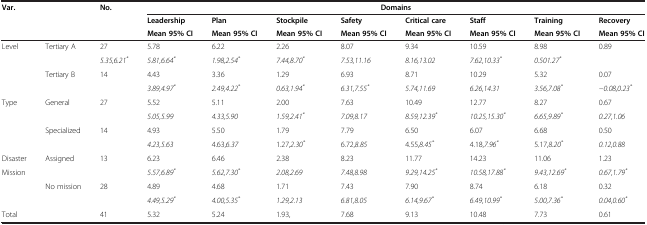
<table><thead><tr><td><b>Var.</b></td><td><b> </b></td><td><b>No.</b></td><td colspan="8"><b>Domains</b></td></tr><tr><td><b> </b></td><td><b> </b></td><td><b> </b></td><td><b>Leadership</b></td><td><b>Plan</b></td><td><b>Stockpile</b></td><td><b>Safety</b></td><td><b>Critical care</b></td><td><b>Staff</b></td><td><b>Training</b></td><td><b>Recovery</b></td></tr><tr><td><b> </b></td><td><b> </b></td><td><b> </b></td><td><b>Mean 95% CI</b></td><td><b>Mean 95% CI</b></td><td><b>Mean 95% CI</b></td><td><b>Mean 95% CI</b></td><td><b>Mean 95% CI</b></td><td><b>Mean 95% CI</b></td><td><b>Mean 95% CI</b></td><td><b>Mean 95% CI</b></td></tr></thead><tbody><tr><td>Level</td><td>Tertiary A</td><td>27</td><td>5.78</td><td>6.22</td><td>2.26</td><td>8.07</td><td>9.34</td><td>10.59</td><td>8.98</td><td>0.89</td></tr><tr><td> </td><td> </td><td> </td><td><i>5.35,6.21</i><sup><i>*</i></sup></td><td><i>5.81,6.64</i><sup><i>*</i></sup></td><td><i>1.98,2.54</i><sup><i>*</i></sup></td><td><i>7.44,8.70</i><sup><i>*</i></sup></td><td><i>7.53,11.16</i></td><td><i>8.16,13.02</i></td><td><i>7.62,10.33</i><sup><i>*</i></sup></td><td><i>0.501.27</i><sup><i>*</i></sup></td></tr><tr><td> </td><td>Tertiary B</td><td>14</td><td>4.43</td><td>3.36</td><td>1.29</td><td>6.93</td><td>8.71</td><td>10.29</td><td>5.32</td><td>0.07</td></tr><tr><td> </td><td> </td><td> </td><td><i>3.89,4.97</i><sup><i>*</i></sup></td><td><i>2.49,4.22</i><sup><i>*</i></sup></td><td><i>0.63,1.94</i><sup><i>*</i></sup></td><td><i>6.31,7.55</i><sup><i>*</i></sup></td><td><i>5.74,11.69</i></td><td><i>6.26,14.31</i></td><td><i>3.56,7.08</i><sup><i>*</i></sup></td><td><i>−0.08,0.23</i><sup><i>*</i></sup></td></tr><tr><td rowspan="3">Type</td><td>General</td><td>27</td><td>5.52</td><td>5.11</td><td>2.00</td><td>7.63</td><td>10.49</td><td>12.77</td><td>8.27</td><td>0.67</td></tr><tr><td> </td><td> </td><td><i>5.05,5.99</i></td><td><i>4.33,5.90</i></td><td><i>1.59,2.41</i><sup><i>*</i></sup></td><td><i>7.09,8.17</i></td><td><i>8.59,12.39</i><sup><i>*</i></sup></td><td><i>10.25,15.30</i><sup><i>*</i></sup></td><td><i>6.65,9.89</i><sup><i>*</i></sup></td><td><i>0.27,1.06</i></td></tr><tr><td>Specialized</td><td>14</td><td>4.93</td><td>5.50</td><td>1.79</td><td>7.79</td><td>6.50</td><td>6.07</td><td>6.68</td><td>0.50</td></tr><tr><td> </td><td> </td><td> </td><td><i>4.23,5.63</i></td><td>4.63,<i>6.37</i></td><td>1.27,<i>2.30</i><sup><i>*</i></sup></td><td>6.72,<i>8.85</i></td><td>4.55,<i>8.45</i><sup><i>*</i></sup></td><td>4.18,<i>7.96</i><sup><i>*</i></sup></td><td>5.17,<i>8.20</i><sup><i>*</i></sup></td><td><i>0.12,0.88</i></td></tr><tr><td>Disaster</td><td>Assigned</td><td>13</td><td>6.23</td><td>6.46</td><td>2.38</td><td>8.23</td><td>11.77</td><td>14.23</td><td>11.06</td><td>1.23</td></tr><tr><td rowspan="2">Mission</td><td> </td><td> </td><td><i>5.57,6.89</i><sup><i>*</i></sup></td><td><i>5.62,7.30</i><sup><i>*</i></sup></td><td><i>2.08,2.69</i></td><td><i>7.48,8.98</i></td><td><i>9.29,14.25</i><sup><i>*</i></sup></td><td><i>10.58,17.88</i><sup><i>*</i></sup></td><td><i>9.43,12.69</i><sup><i>*</i></sup></td><td><i>0.67,1.79</i><sup><i>*</i></sup></td></tr><tr><td>No mission</td><td>28</td><td>4.89</td><td>4.68</td><td>1.71</td><td>7.43</td><td>7.90</td><td>8.74</td><td>6.18</td><td>0.32</td></tr><tr><td> </td><td> </td><td> </td><td><i>4.49,5.29</i><sup><i>*</i></sup></td><td><i>4.00,5.35</i><sup><i>*</i></sup></td><td><i>1.29,2.13</i></td><td><i>6.81,8.05</i></td><td><i>6.14,9.67</i><sup><i>*</i></sup></td><td><i>6.49,10.99</i><sup><i>*</i></sup></td><td><i>5.00,7.36</i><sup><i>*</i></sup></td><td><i>0.04,0.60</i><sup><i>*</i></sup></td></tr><tr><td colspan="2">Total</td><td>41</td><td>5.32</td><td>5.24</td><td>1.93,</td><td>7.68</td><td>9.13</td><td>10.48</td><td>7.73</td><td>0.61</td></tr></tbody></table>